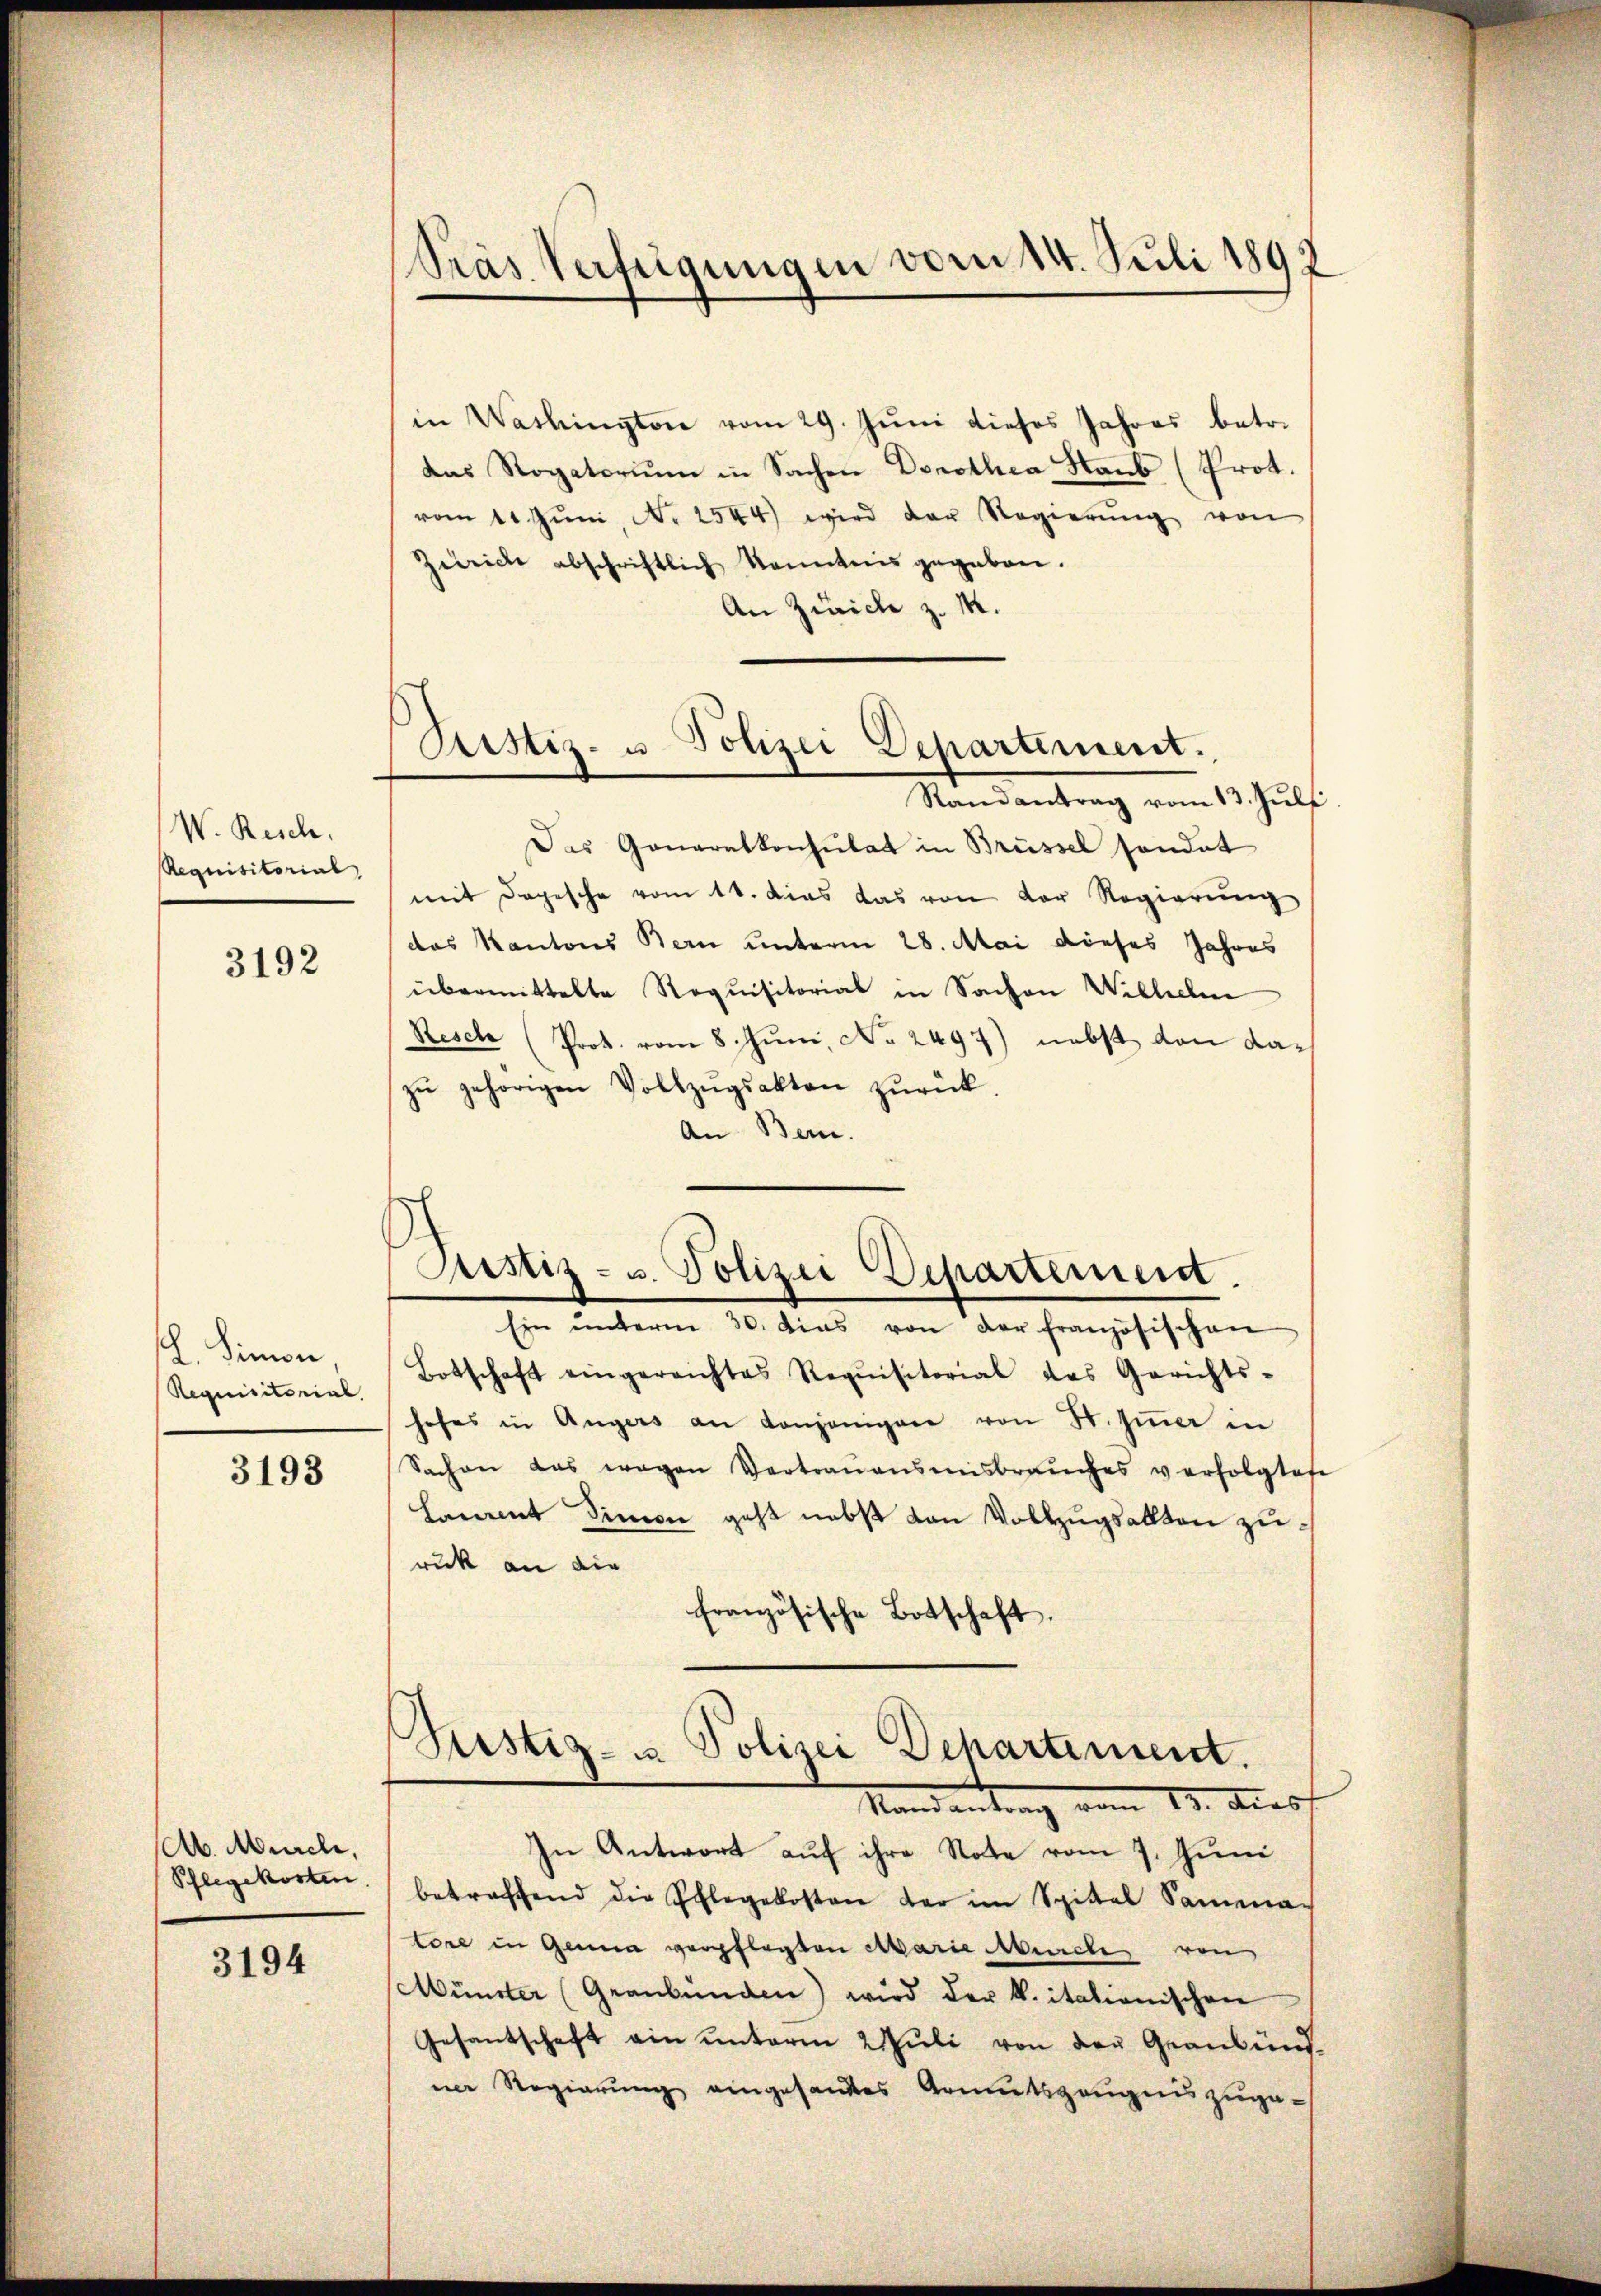
W. Resch.
Requisitorial,

3192

. Simon,
Requisitorial.

3193

Ab. Mürche,
Pflegekosten.

3194

Pras Verfügungen vom 14. Juli 1892

Justiz- u. Polizei Departement.
Randantrag vom 13. Juli

in Washington vom 29. Juni dieses Jahres betr.
das Rogatorium in Sachen Dorothea Haub (Prot.
vom 11. Jŭni, N. 2544) wird der Regierŭng von
Zürich abschriftlich kanntnis gegeben.
An Zürich z. M.
Das Generalkonsulat in Brüssel sondet
mit Depesche vom 11. dies das von der Regierung
das Kantons Bern unterm 28. Mai dieses Jahres
übermittelte Requisitorial in Sachen Wilhelm
Resch (Prot. vom 8. Jŭni, No. 2497) nebst von dazŭ gehörigen Vollzŭgsakten zŭrück.
An Bern.
Ein ŭnterm 30. dies von der französischen
Botschaft eingereichtes Requisitorial des Gerichts-
hofes in Angers an denjenigen von H. Zimmer in
Sachen das wegen Vertraŭenseinsbrauches verfolgtest
Hammt Simon geht nebst von Vollzugsallten zuruck an die
französische Botschaft.
¬
s
Sistiz- u. Polizei Departement.
Mandantrag vom 13. Auss
In Antwort auf ihre Note vom 7. Juni
betreffend die Pflegekosten der im Spittel Samma-
tore in Genua verpflegten Marie Marche von
Münster (Graubünden) wird der k. itationischen
Gesantschaft ein unterm 2 Juli von der Graubünd
ner Regierŭng eingesandtes Armutszeŭgnis zuge¬

Justiz- u. Polizei Departement.